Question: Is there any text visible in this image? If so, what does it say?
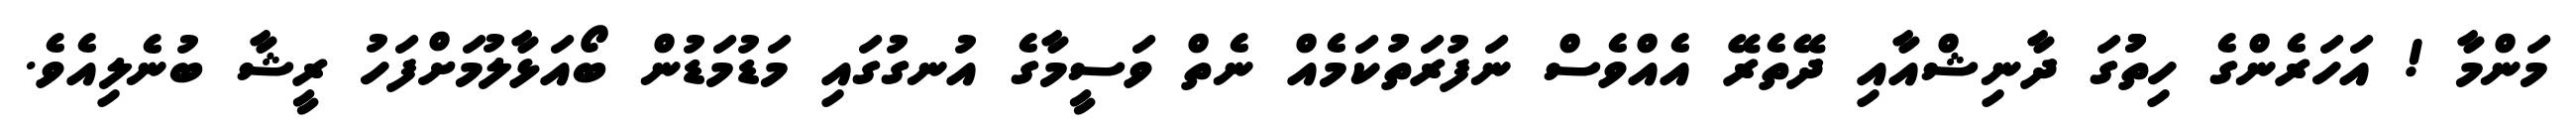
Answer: މަންމާ ! އަހަރެންގެ ހިތުުގަ ދާނިޝްއާއި ދޭތެރޭ އެއްވެސް ނަފުރަތުކަމެއް ނެތް ވަސީމާގެ އުނގުގައި މަޑުމަޑުން ބޯއަޅާލުމަށްފަހު ރީޝާ ބުނެލިއެވެ.